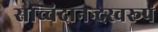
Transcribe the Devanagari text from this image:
सच्चिदानन्दस्वरूपं